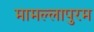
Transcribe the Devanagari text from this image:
मामल्लापुरम